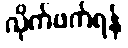
လိုက်ဖက်ရန်